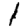
Digit: 1